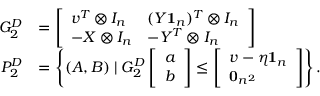
\begin{array} { r l } { G _ { 2 } ^ { D } } & { = \left[ \begin{array} { l l } { v ^ { T } \otimes I _ { n } } & { ( Y \mathbf { 1 } _ { n } ) ^ { T } \otimes I _ { n } } \\ { - X \otimes I _ { n } } & { - Y ^ { T } \otimes I _ { n } } \end{array} \right] } \\ { P _ { 2 } ^ { D } } & { = \left\{ ( A , B ) \mid G _ { 2 } ^ { D } \left[ \begin{array} { l } { a } \\ { b } \end{array} \right] \leq \left[ \begin{array} { l } { v - \eta \mathbf { 1 } _ { n } } \\ { \mathbf { 0 } _ { n ^ { 2 } } } \end{array} \right] \right\} . } \end{array}